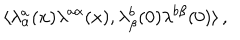
LaTeX: \langle \lambda _ { \alpha } ^ { a } ( x ) \lambda ^ { a \alpha } ( x ) , \lambda _ { \beta } ^ { b } ( 0 ) \lambda ^ { b \beta } ( 0 ) \rangle \, ,